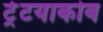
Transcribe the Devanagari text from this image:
ट्रेटयाकोव